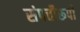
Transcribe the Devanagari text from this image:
संपत्तीरूपी